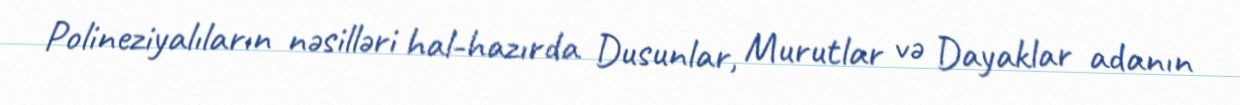
Polineziyalıların nəsilləri hal-hazırda Dusunlar, Murutlar və Dayaklar adanın